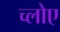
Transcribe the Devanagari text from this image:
च्लोए